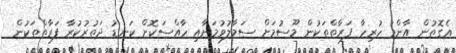
އެގޮތުން އާންމު ހުރިހާ ފަރާތްތަކުން މޫސުމަށް ސަމާލުވުމަށާއި ހާއްސަކޮށް ކަނޑު ދަތުރުކުރާ ފަރާތްތަކުން